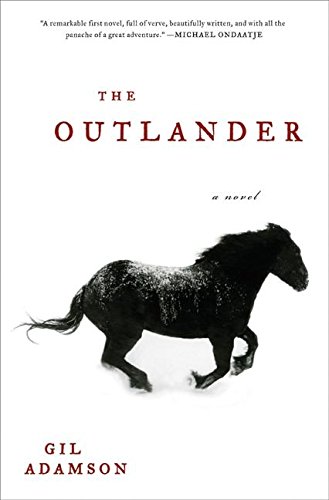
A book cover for The Outlander; Gil Adamson; Literature & Fiction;